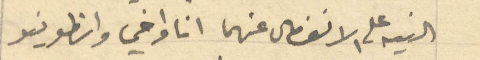
النية على الانفصال عنهما انا واخي وانطونيو